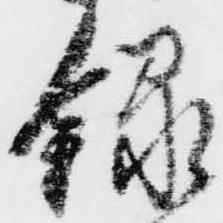
録